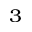
^ 3